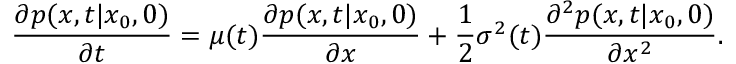
\frac { \partial p ( x , t | x _ { 0 } , 0 ) } { \partial t } = \mu ( t ) \frac { \partial p ( x , t | x _ { 0 } , 0 ) } { \partial x } + \frac { 1 } { 2 } \sigma ^ { 2 } ( t ) \frac { \partial ^ { 2 } p ( x , t | x _ { 0 } , 0 ) } { \partial x ^ { 2 } } .